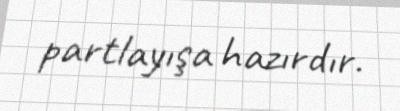
partlayışa hazırdır.